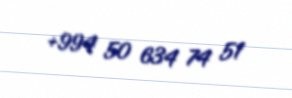
+994 50 634 74 51